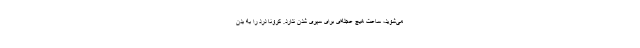
می‌شوید، ساعت هیچ عجله‌ای برای سپری شدن ندارد. کرونا درد را به بدن‌